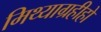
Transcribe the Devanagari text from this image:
मिथ्याग्रहीहो